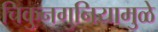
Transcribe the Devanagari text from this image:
चिकुनगुनियामुळे